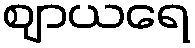
ဈာယရေ